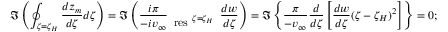
\Im \left( \oint _ { \zeta = \zeta _ { H } } \frac { d z _ { m } } { d \zeta } d \zeta \right) = \Im \left( \frac { i \pi } { - i v _ { \infty } } \begin{array} { c } { ~ ~ ~ } \\ { \mathrm { r e s } \ ^ { \zeta = \zeta _ { H } } } \end{array} \frac { d w } { d \zeta } \right) = \Im \left\{ \frac { \pi } { - v _ { \infty } } \frac { d } { d \zeta } \left[ \frac { d w } { d \zeta } ( \zeta - \zeta _ { H } ) ^ { 2 } \right] \right\} = 0 ;